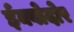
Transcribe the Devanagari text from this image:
ईक्वोदोर